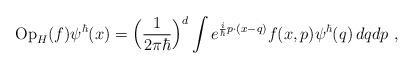
LaTeX: \begin{align*}{\rm Op}_{H}(f)\psi^\hbar(x)=\Big(\frac{1}{2\pi\hbar}\Big)^d\int e^{\frac{i}{\hbar}p\cdot (x-q)}f(x,p)\psi^\hbar(q)\, dqdp \ ,\end{align*}